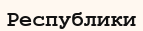
Республики